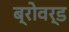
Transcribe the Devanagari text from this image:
ब्रोवर्ड